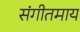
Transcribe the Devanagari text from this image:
संगीतमाय